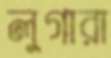
লুগারা